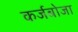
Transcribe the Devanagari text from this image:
कर्जबोजा